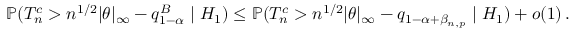
\begin{array} { r } { { \mathbb { P } } ( { T } _ { n } ^ { c } > n ^ { 1 / 2 } | { \boldsymbol \theta } | _ { \infty } - q _ { 1 - \alpha } ^ { B } \mid H _ { 1 } ) \leq { \mathbb { P } } ( { T } _ { n } ^ { c } > n ^ { 1 / 2 } | { \boldsymbol \theta } | _ { \infty } - q _ { 1 - \alpha + \beta _ { n , p } } \mid H _ { 1 } ) + o ( 1 ) \, . } \end{array}